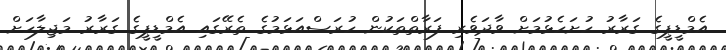
އެމްޑީޕީގެ ގަރާރު ހުށަހެޅުމަށް ވާދަވެރި ފަރާތްތަކުން ހުރަސްއަޅަމުގެ ތެރޭގައި އެމްޑީޕީގެ ގަރާރު މަޖިލާހަށް